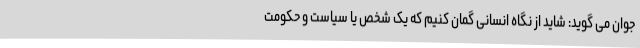
جوان می گوید: شاید از نگاه انسانی گمان کنیم که یک شخص یا سیاست و حکومت